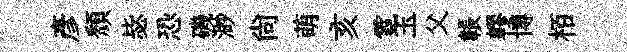
彥頹毖恐磯渺尙萌亥霓玉父韔轇博栢